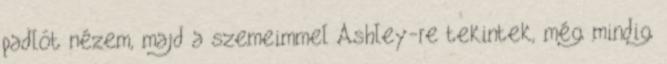
padlót nézem, majd a szemeimmel Ashley-re tekintek, még mindig